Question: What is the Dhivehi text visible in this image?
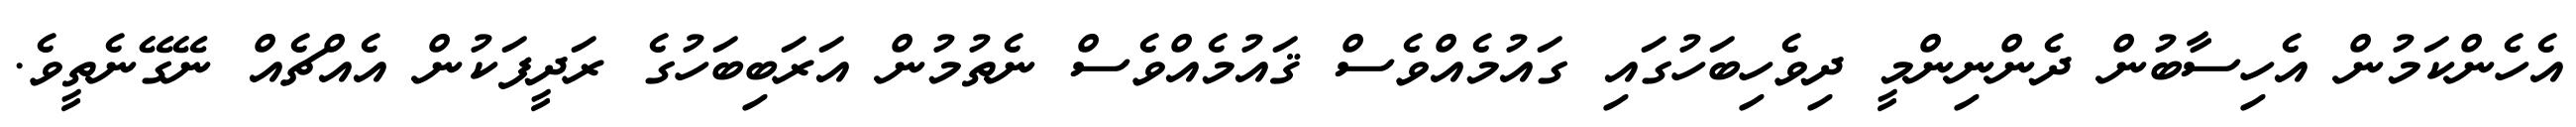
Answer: އެހެންކަމުން އެހިސާބުން ދެންނިންމީ ދިވެހިބަހުގައި ގައުމެއްވެސް ޤައުމެއްވެސް ނެތުމުން އަރަބިބަހުގެ ރަދީފަކުން އެއްޗެއް ނޭގޭނެތީވެ.